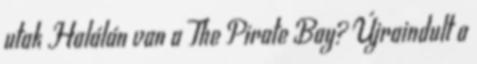
utak Halálán van a The Pirate Bay? Újraindult a